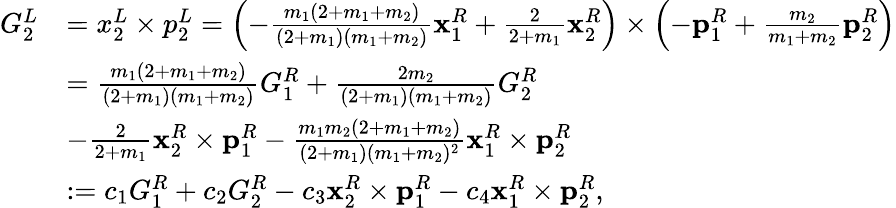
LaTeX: \begin{array}{rl}{G_{2}^{L}}&{=x_{2}^{L}\times p_{2}^{L}=\left(-\frac{m_{1}(2+m_{1}+m_{2})}{(2+m_{1})(m_{1}+m_{2})}\mathbf{x}_{1}^{R}+\frac{2}{2+m_{1}}\mathbf{x}_{2}^{R}\right)\times\left(-\mathbf{p}_{1}^{R}+\frac{m_{2}}{m_{1}+m_{2}}\mathbf{p}_{2}^{R}\right)}\\ &{=\frac{m_{1}(2+m_{1}+m_{2})}{(2+m_{1})(m_{1}+m_{2})}G_{1}^{R}+\frac{2m_{2}}{(2+m_{1})(m_{1}+m_{2})}G_{2}^{R}}\\ &{-\frac{2}{2+m_{1}}\mathbf{x}_{2}^{R}\times\mathbf{p}_{1}^{R}-\frac{m_{1}m_{2}(2+m_{1}+m_{2})}{(2+m_{1})(m_{1}+m_{2})^{2}}\mathbf{x}_{1}^{R}\times\mathbf{p}_{2}^{R}}\\ &{:=c_{1}G_{1}^{R}+c_{2}G_{2}^{R}-c_{3}\mathbf{x}_{2}^{R}\times\mathbf{p}_{1}^{R}-c_{4}\mathbf{x}_{1}^{R}\times\mathbf{p}_{2}^{R},}\end{array}